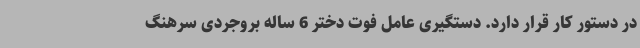
در دستور کار قرار دارد. دستگیری عامل فوت دختر 6 ساله بروجردی سرهنگ